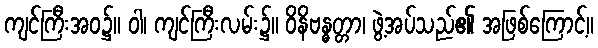
ကျင်ကြီးအဝ၌။ ဝါ၊ ကျင်ကြီးလမ်း၌။ ဝိနိဗန္ဓတ္တာ၊ ဖွဲ့အပ်သည်၏ အဖြစ်ကြောင့်။